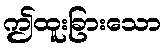
ဤထူးခြားသော